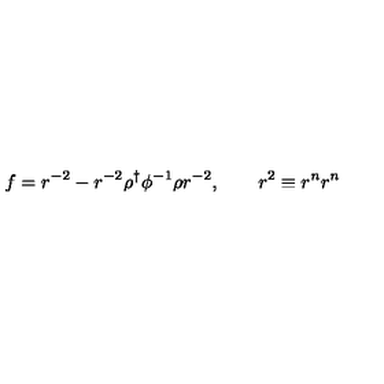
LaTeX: f = r ^ { - 2 } - r ^ { - 2 } \rho ^ { \dag } \phi ^ { - 1 } \rho r ^ { - 2 } , \qquad r ^ { 2 } \equiv r ^ { n } r ^ { n }